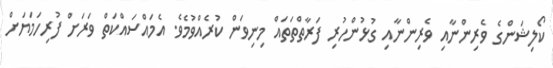
ކޯލިޝަންގެ ވެރިންނާއި ވެރިންނާއި ގުޅުންހުރި ފަރާތްތަތައް މިނިވަން ކުރެއްވުމެވެ. އެމައްސައްކަތް ވަރަށް ފުރިހަމަޔަށް